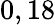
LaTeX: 0,18